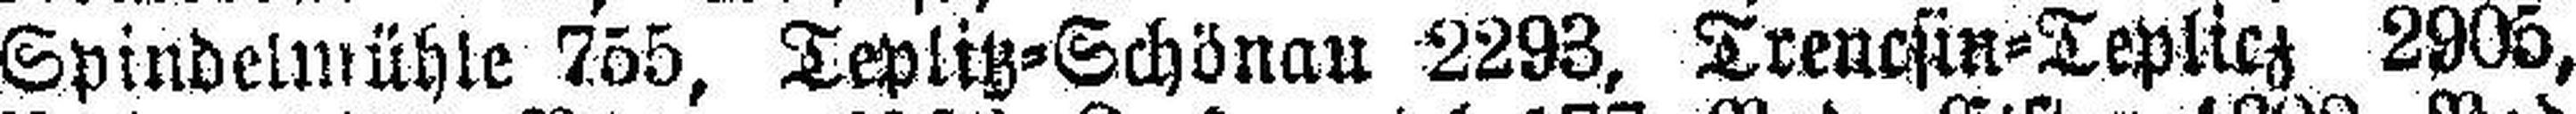
Spindelmühle 755, Teplitz=Schönau 2293, Trencsin=Teplicz 2905,